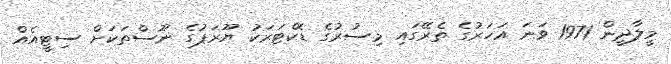
މީލާދީން 1971 ވަނަ އަހަރުގެ ތެރޭގައި މިސުރުގެ ޑޮކްޓަރަކު ޔޫރަޕުގެ ނޫސްތަކަށް ސިޓީއެއް